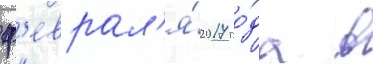
ф'еврал'я́ 2017 го́да в